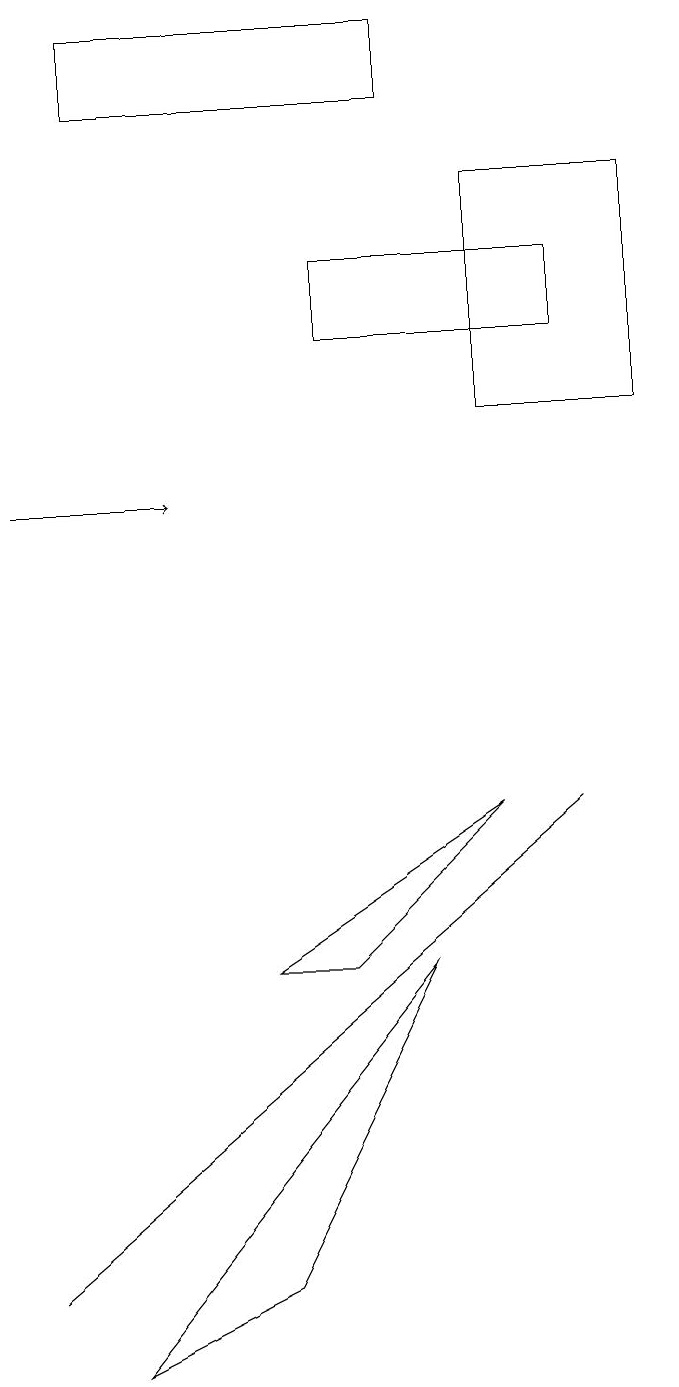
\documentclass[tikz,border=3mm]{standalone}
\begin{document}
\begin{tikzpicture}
\draw (8,7) -- (1,1) -- (8,7) -- cycle;
\draw (6,16) rectangle (2,17);
\draw (8,13) rectangle (5,14);
\draw (6,5) -- (2,0) -- (4,1) -- cycle;
\draw[->] (1,11) -- (3,11);
\draw (7,7) -- (4,5) -- (5,5) -- cycle;
\draw (9,15) rectangle (7,12);
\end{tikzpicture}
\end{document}